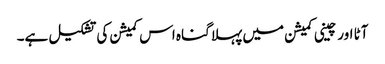
آٹا اور چینی کمیشن میں پہلا گناہ اس کمیشن کی تشکیل ہے۔